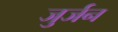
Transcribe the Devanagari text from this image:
जुर्जन